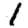
Digit: 1